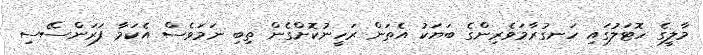
މާލީގެ ހޮޓަލުގައި ހަނގުރާމަވެރިންގެ ބަޔަކު އެތަން ރަހީނުކޮށްގެން ތިބި ނަމަވެސް އެކަމާ ފަރަންސޭސި